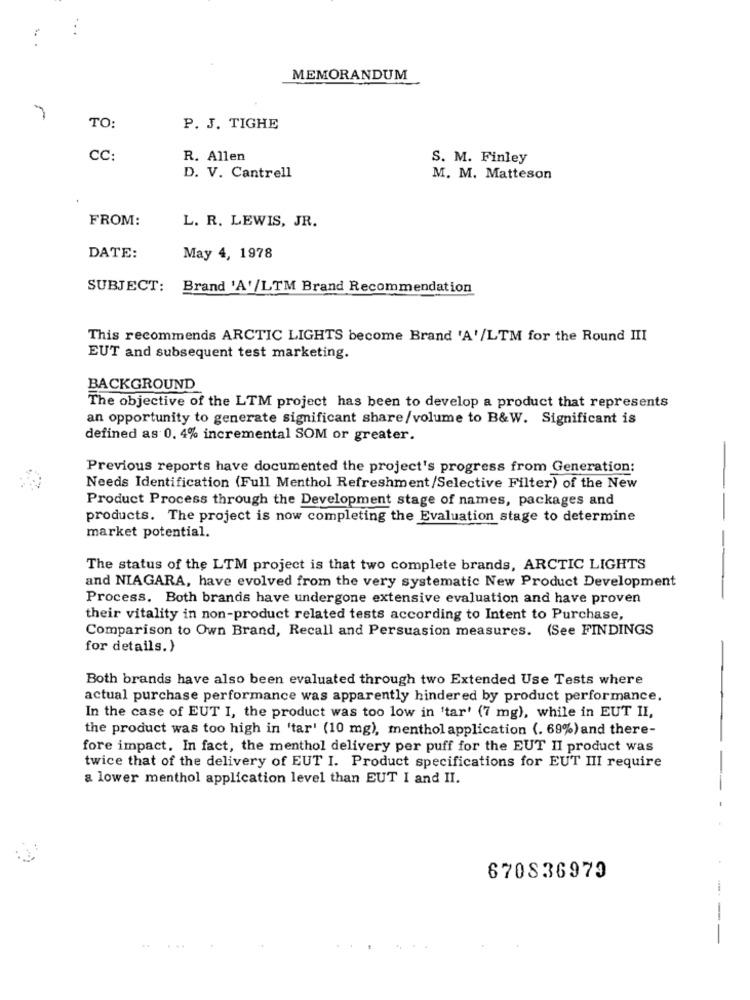
:
MEMORANDUM
7
TO:
P. J. TIGHE
CC:
R. Allen
S. M. Finley
D. V. Cantrell
M. M. Matteson
.
FROM:
L. R. LEWIS, JR.
DATE:
May 4, 1978
SUBJECT: Brand 'A'/LTM Brand Recommendation
This recommends ARCTIC LIGHTS become Brand 'A'/LTM for the Round III
EUT and subsequent test marketing.
BACKGROUND
The objective of the LTM project has been to develop a product that represents
an opportunity to generate significant share/volume to B&W. Significant is
defined as 0. 4% incremental SOM or greater.
Previous reports have documented the project's progress from Generation:
-
Needs Identification (Full Menthol Refreshment/Selective Filter) of the New
Product Process through the Development stage of names, packages and
products. The project is now completing the Evaluation stage to determine
market potential.
The status of the LTM project is that two complete brands, ARCTIC LIGHTS
and NIAGARA, have evolved from the very systematic New Product Development
-
Process. Both brands have undergone extensive evaluation and have proven
their vitality in non-product related tests according to Intent to Purchase,
Comparison to Own Brand, Recall and Persuasion measures. (See FINDINGS
for details. )
Both brands have also been evaluated through two Extended Use Tests where
actual purchase performance was apparently hindered by product performance.
In the case of EUT I, the product was too low in 'tar' (7 mg), while in EUT II,
the product was too high in 'tar' (10 mg), menthol application (. 69%) and there-
fore impact. In fact, the menthol delivery per puff for the EUT II product was
twice that of the delivery of EUT I. Product specifications for EUT III require
a lower menthol application level than EUT I and II.
--
670836979